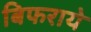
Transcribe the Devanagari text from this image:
बिफराये